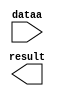
// megafunction wizard: %LPM_MULT%VBB%
// GENERATION: STANDARD
// VERSION: WM1.0
// MODULE: lpm_mult 

// ============================================================
// Megafunction Name(s):
// 			lpm_mult
//
// Simulation Library Files(s):
// 			lpm
// ============================================================
// ************************************************************
// THIS IS A WIZARD-GENERATED FILE. DO NOT EDIT THIS FILE!
//
// 12.1 Build 177 11/07/2012 SJ Full Version
// ************************************************************

//Copyright (C) 1991-2012 Altera Corporation
//Your use of Altera Corporation's design tools, logic functions 
//and other software and tools, and its AMPP partner logic 
//functions, and any output files from any of the foregoing 
//(including device programming or simulation files), and any 
//associated documentation or information are expressly subject 
//to the terms and conditions of the Altera Program License 
//Subscription Agreement, Altera MegaCore Function License 
//Agreement, or other applicable license agreement, including, 
//without limitation, that your use is for the sole purpose of 
//programming logic devices manufactured by Altera and sold by 
//Altera or its authorized distributors.  Please refer to the 
//applicable agreement for further details.

module mult4085 (
	dataa,
	result);

	input	[14:0]  dataa;
	output	[28:0]  result;

endmodule

// ============================================================
// CNX file retrieval info
// ============================================================
// Retrieval info: PRIVATE: AutoSizeResult NUMERIC "1"
// Retrieval info: PRIVATE: B_isConstant NUMERIC "1"
// Retrieval info: PRIVATE: ConstantB NUMERIC "4085"
// Retrieval info: PRIVATE: INTENDED_DEVICE_FAMILY STRING "Cyclone IV E"
// Retrieval info: PRIVATE: LPM_PIPELINE NUMERIC "0"
// Retrieval info: PRIVATE: Latency NUMERIC "0"
// Retrieval info: PRIVATE: SYNTH_WRAPPER_GEN_POSTFIX STRING "0"
// Retrieval info: PRIVATE: SignedMult NUMERIC "1"
// Retrieval info: PRIVATE: USE_MULT NUMERIC "1"
// Retrieval info: PRIVATE: ValidConstant NUMERIC "1"
// Retrieval info: PRIVATE: WidthA NUMERIC "15"
// Retrieval info: PRIVATE: WidthB NUMERIC "14"
// Retrieval info: PRIVATE: WidthP NUMERIC "29"
// Retrieval info: PRIVATE: aclr NUMERIC "0"
// Retrieval info: PRIVATE: clken NUMERIC "0"
// Retrieval info: PRIVATE: new_diagram STRING "1"
// Retrieval info: PRIVATE: optimize NUMERIC "0"
// Retrieval info: LIBRARY: lpm lpm.lpm_components.all
// Retrieval info: CONSTANT: LPM_HINT STRING "INPUT_B_IS_CONSTANT=YES,MAXIMIZE_SPEED=5"
// Retrieval info: CONSTANT: LPM_REPRESENTATION STRING "SIGNED"
// Retrieval info: CONSTANT: LPM_TYPE STRING "LPM_MULT"
// Retrieval info: CONSTANT: LPM_WIDTHA NUMERIC "15"
// Retrieval info: CONSTANT: LPM_WIDTHB NUMERIC "14"
// Retrieval info: CONSTANT: LPM_WIDTHP NUMERIC "29"
// Retrieval info: USED_PORT: dataa 0 0 15 0 INPUT NODEFVAL "dataa[14..0]"
// Retrieval info: USED_PORT: result 0 0 29 0 OUTPUT NODEFVAL "result[28..0]"
// Retrieval info: CONNECT: @dataa 0 0 15 0 dataa 0 0 15 0
// Retrieval info: CONNECT: @datab 0 0 14 0 4085 0 0 14 0
// Retrieval info: CONNECT: result 0 0 29 0 @result 0 0 29 0
// Retrieval info: GEN_FILE: TYPE_NORMAL mult4085.v TRUE
// Retrieval info: GEN_FILE: TYPE_NORMAL mult4085.inc FALSE
// Retrieval info: GEN_FILE: TYPE_NORMAL mult4085.cmp FALSE
// Retrieval info: GEN_FILE: TYPE_NORMAL mult4085.bsf FALSE
// Retrieval info: GEN_FILE: TYPE_NORMAL mult4085_inst.v FALSE
// Retrieval info: GEN_FILE: TYPE_NORMAL mult4085_bb.v TRUE
// Retrieval info: LIB_FILE: lpm